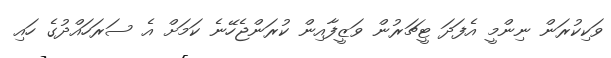
ވަކިކުރަން ނިންމީ އެފަދަ ޓީޗަރުން ވަޒީފާއިން ކުރަންޖެހޭނެ ކަމަށް އެ ސަރަހައްދުގެ ހައި